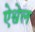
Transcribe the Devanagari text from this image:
ऐश्वेल